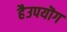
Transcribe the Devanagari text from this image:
हैउपयॊग